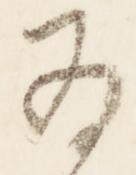
為